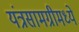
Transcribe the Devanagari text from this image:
यंत्रसामग्रीमध्ये